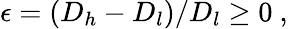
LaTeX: \epsilon=(D_{h}-D_{l})/D_{l}\geq 0\ ,